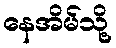
နေအိမ်သို့